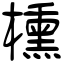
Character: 櫄